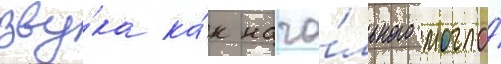
зву́ка ка́к нача́льного могло́